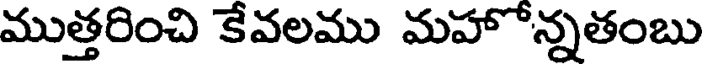
ముత్తరించి కేవలము మహోన్నతంబు